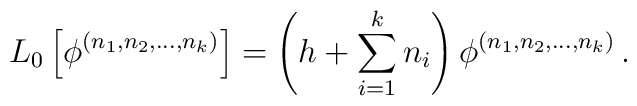
L_{0}\left[\phi^{(n_{1},n_{2},...,n_{k})}\right]=\left(h+\sum_{i=1}^{k}n_{i}\right)\phi^{(n_{1},n_{2},...,n_{k})}\,.